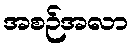
အစဉ်အလာ